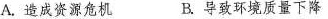
A.造成资源危机 B.导致环境质量下降